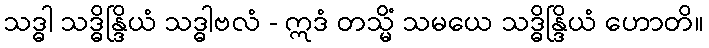
သဒ္ဓါ သဒ္ဓိန္ဒြိယံ သဒ္ဓါဗလံ - ဣဒံ တသ္မိံ သမယေ သဒ္ဓိန္ဒြိယံ ဟောတိ။